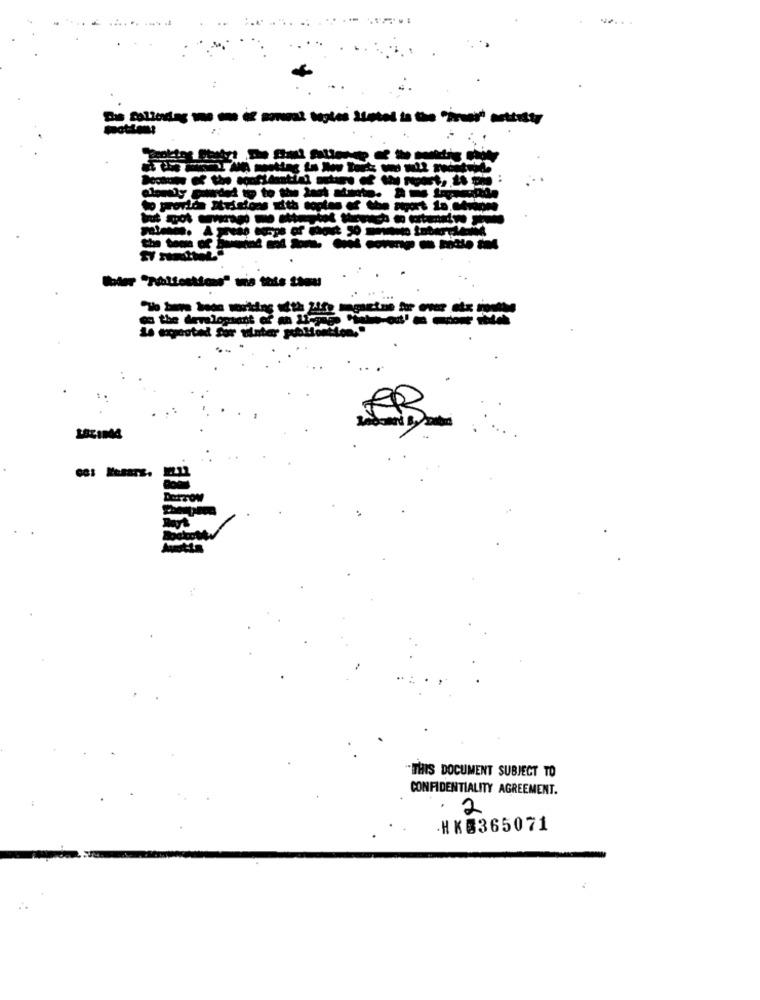
----:
-----------
-----
---------
ca the demlophant of m -
THIS DOCUMENT SUBJECT TO
CONFIDENTIALITY AGREEMENT.
2
HK0365071